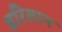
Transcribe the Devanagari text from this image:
बरिसान